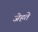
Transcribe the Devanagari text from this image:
जेहते